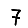
Digit: 7